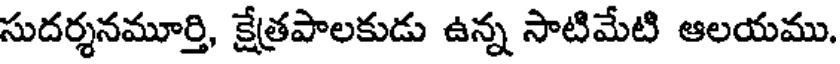
సుదర్శనమూర్తి, క్షేత్రపాలకుడు ఉన్న సాటిమేటి ఆలయము.